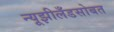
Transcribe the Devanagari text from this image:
न्यूझीलँडसोबत